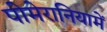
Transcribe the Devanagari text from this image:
पोमेरानियामें